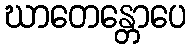
ဃာတေန္တောပေ